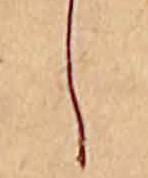
し